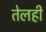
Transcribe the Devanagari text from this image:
तेलही